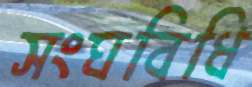
সংঘবিধি